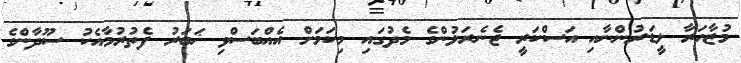
މުޒާހަރާ ލީޑަރުންނާއި އަސްކަރީ ޖެނެރަލުންގެ މެދުގައި މިކަމަށް އެއްބަސްވި ޚަބަރު ފެތުރުމާއެކު ސޫދާންގެ